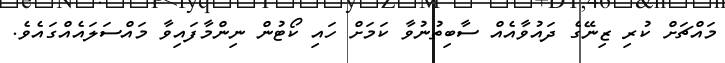
މައްޗަށް ކުރި ޒިނޭގެ ދައުވާއެއް ސާބިތުނުވާ ކަމަށް ހައި ކޯޓުން ނިންމާފައިވާ މައްސަލައެއްގައެވެ.